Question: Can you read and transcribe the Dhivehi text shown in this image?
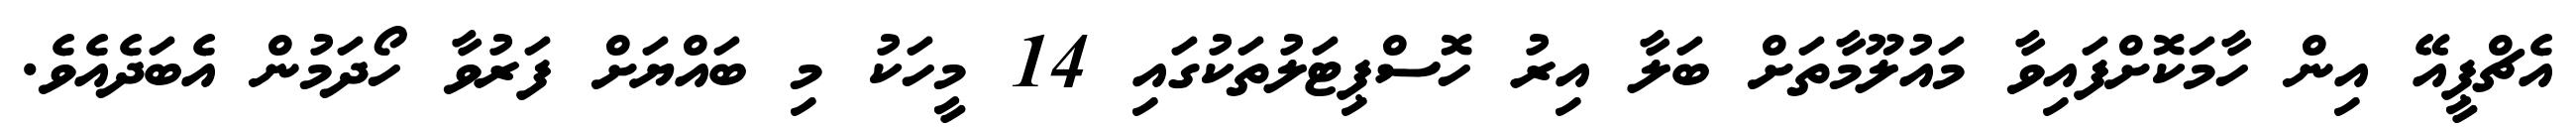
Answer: އެޗްޕީއޭ އިން ހާމަކޮށްފައިވާ މައުލޫމާތަށް ބަލާ އިރު ހޮސްޕިޓަލުތަކުގައި 14 މީހަކު މި ބައްޔަށް ފަރުވާ ހޯދަމުން އެބަދެއެވެ.